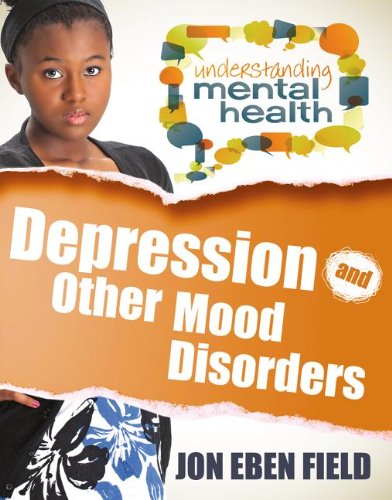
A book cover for Depression and Other Mood Disorders (Understanding Mental Health); Jon Eben Field; Teen & Young Adult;